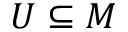
U \subseteq M